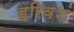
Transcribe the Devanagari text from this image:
हरिवशं